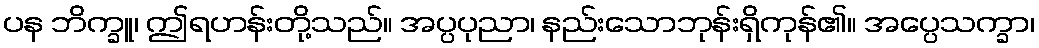
ပန ဘိက္ခူ၊ ဤရဟန်းတို့သည်။ အပ္ပပုညာ၊ နည်းသောဘုန်းရှိကုန်၏။ အပ္ပေသက္ခာ၊